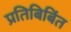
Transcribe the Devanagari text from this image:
प्रतिबिबिंत